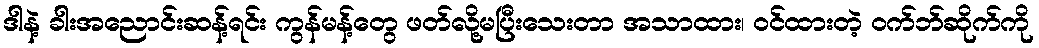
ဒါနဲ့ ခါးအညောင်းဆန့်ရင်း ကွန်မန့်တွေ ဖတ်လို့မပြီးသေးတာ အသာထား၊ ဝင်ထားတဲ့ ဝက်ဘ်ဆိုက်ကို